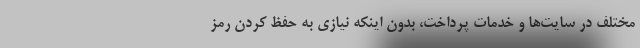
مختلف در سایت‌ها و خدمات پرداخت، بدون اینکه نیازی به حفظ کردن رمز